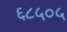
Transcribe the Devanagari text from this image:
६८५०५